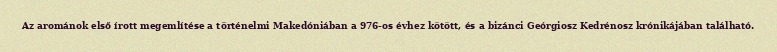
Az arománok első írott megemlítése a történelmi Makedóniában a 976-os évhez kötött, és a bizánci Geórgiosz Kedrénosz krónikájában található.